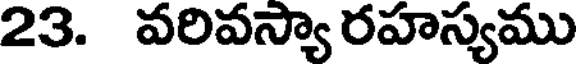
23. వరివస్యా రహస్యము